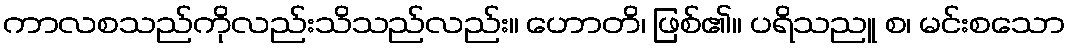
ကာလစသည်ကိုလည်းသိသည်လည်း။ ဟောတိ၊ ဖြစ်၏။ ပရိသညူ စ၊ မင်းစသော